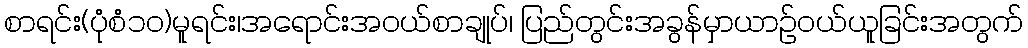
စာရင်း(ပုံစံ၁၀)မူရင်း၊အရောင်းအဝယ်စာချုပ်၊ ပြည်တွင်းအခွန်မှာယာဉ်ဝယ်ယူခြင်းအတွက်